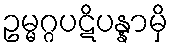
ဥမ္မဂ္ဂပဋိပန္နာမှိ